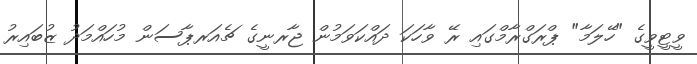
ވީޓީވީގެ "ހޭލަމާ" ޕްރަގްރާމްގައި ރޭ ވާހަކަ ދައްކަވަމުން ޖާރނީގެ ޗެއަރޕާސަން މުހައްމަދު ޒުބައިރު